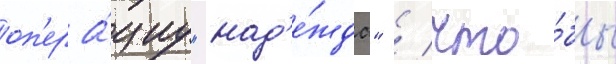
оп'ера́циу "над'е́жда" / что́бы